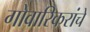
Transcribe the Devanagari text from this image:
गोवारिकरांचे